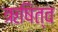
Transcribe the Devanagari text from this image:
ऋषित्व